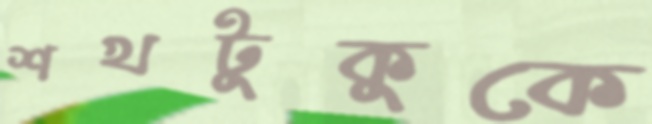
শখটুকুকে